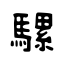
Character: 騾